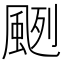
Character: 颲